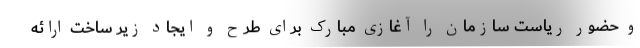
و حضور ریاست سازمان را آغازی مبارک برای طرح و ایجاد زیر ساخت ارائه